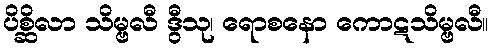
ပိစ္ဆိလာ သိမ္ဗလီ ဒွီသု၊ ရောစနော ကောဋသိမ္ဗလီ။